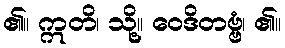
၏။ ဣတိ၊ သို့။ ဝေဒိတဗ္ဗံ၊ ၏။